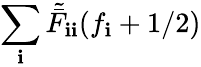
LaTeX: \sum_{\mathbf{i}}\tilde{{\bar{{F}}}}_{\mathbf{i}\mathbf{i}}(f_{\mathbf{i}}+1/2)